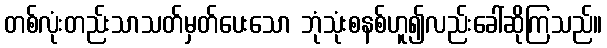
တစ်လုံးတည်းသာသတ်မှတ်ပေးသော ဘုံသုံးစနစ်ဟူ၍လည်းခေါ်ဆိုကြသည်။